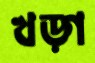
খড়্গ